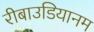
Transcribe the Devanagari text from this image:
रीबाउडियानम